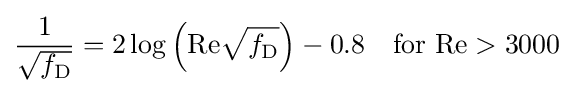
{\frac {1}{\sqrt {f_{\mathrm {D} }}}}=2\log \left(\mathrm {Re} {\sqrt {f_{\mathrm {D} }}}\right)-0.8\quad {\text{for }}\mathrm {Re} >3000